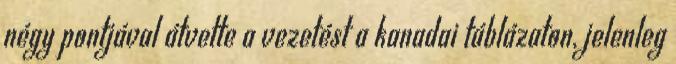
négy pontjával átvette a vezetést a kanadai táblázaton, jelenleg